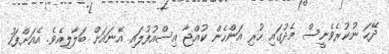
ދޭހަ ނުކުރެވެނީސް މެދުގައި ހުރި އަންހެން ކުއްޖާ އިސްއުފުލައި އޭނައަށް ބަލާލިއެވެ. އެއަށްފަހު